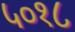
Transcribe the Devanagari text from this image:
५०१८